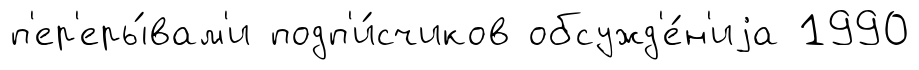
п'ер'еры́вам'и подп'и́счиков обсужд'е́н'иjа 1990